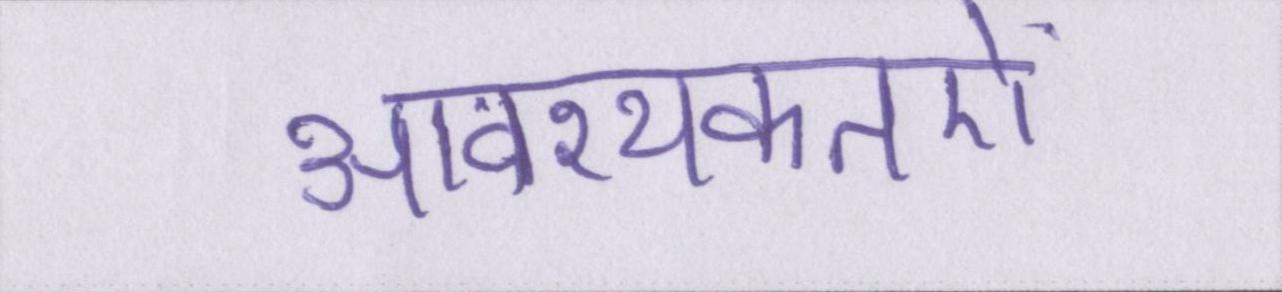
आवश्यकतऐं